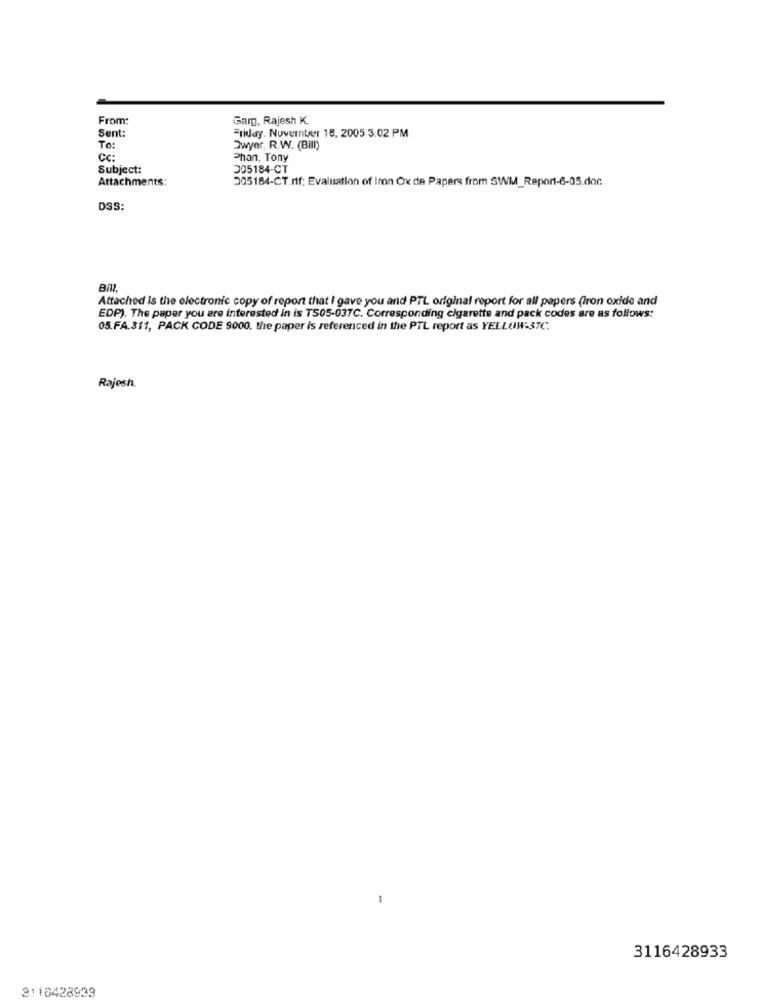
From:
Garg, Rajesh K.
Sent:
Friday. November 18, 2005 3:02 PM
To:
Dwyer, R.W. (Bill)
CC:
Phan. Tony
Subject:
305184-CT
Attachments:
205184-CT.rif: Evaluation of Iron Ox de Papers from SWM_Report-6-05.doc
DSS:
BIN
Attached is the electronic copy of report that I gave you and PTL original report for all papers (iron oxide and
EDP). The paper you are interested in is TS05-037C. Corresponding cigarette and pack codes are as follows:
05.FA.311, PACK CODE 9000. the paper is referenced in the PTL report as YELLOW-37C:
Rajesh.
-
3116428933
3116428933